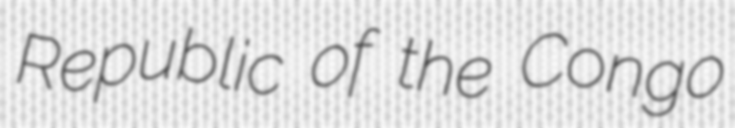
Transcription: Republic of the Congo